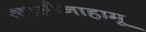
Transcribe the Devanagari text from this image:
काऔनाहामू